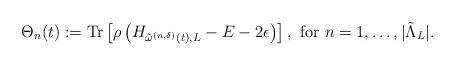
LaTeX: \begin{align*}\Theta_n(t) &:= \mathrm{Tr} \left[ \rho \left( H_{{\tilde{\omega}^{(n, \delta)}(t)},L} - E - 2 \epsilon \right) \right],\mbox{ for } n = 1, \ldots, \lvert \tilde \Lambda_L \rvert.\end{align*}